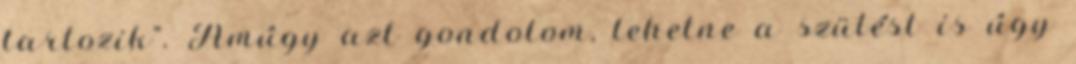
tartozik". Amúgy azt gondolom, lehetne a szülést is úgy